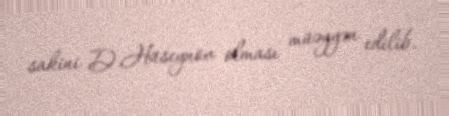
sakini D.Hüseynov olması müəyyən edilib.